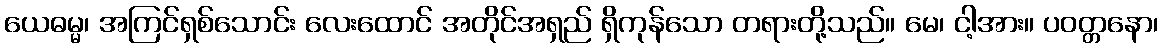
ယေဓမ္မ၊ အကြင်ရှစ်သောင်း လေးထောင် အတိုင်အရှည် ရှိကုန်သော တရားတို့သည်။ မေ၊ ငါ့အား။ ပဝတ္တနော၊